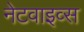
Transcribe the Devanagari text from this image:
नेटवाइव्स